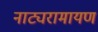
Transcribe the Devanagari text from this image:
नाट्यरामायण